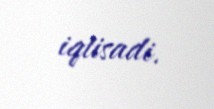
iqtisadi.